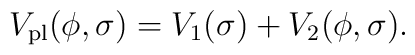
V_{\rm pl}(\phi, \sigma)  =  V_1(\sigma)  +  V_2(\phi, \sigma).